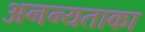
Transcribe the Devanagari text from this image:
अनन्यताका